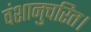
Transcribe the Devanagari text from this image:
वंशानुचरित।